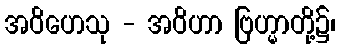
အဝိဟေသု - အဝိဟာ ဗြဟ္မာတို့၌၊